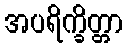
အပရိက္ခိတ္တာ